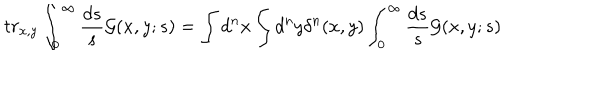
LaTeX: t r _ { x , y } \int _ { 0 } ^ { \infty } \frac { d s } { s } { \cal G } ( x , y ; s ) = \int d ^ { n } x \int d ^ { n } y \delta ^ { n } ( x , y ) \int _ { 0 } ^ { \infty } \frac { d s } { s } { \cal G } ( x , y ; s )